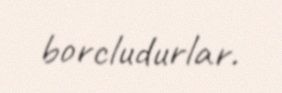
borcludurlar.